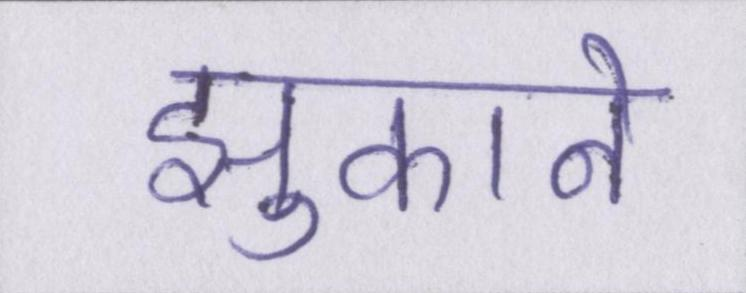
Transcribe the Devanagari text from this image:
झुकाने